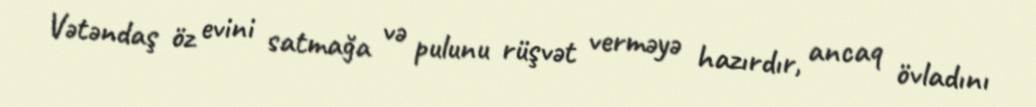
Vətəndaş öz evini satmağa və pulunu rüşvət verməyə hazırdır, ancaq övladını